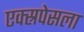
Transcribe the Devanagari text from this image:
एक्स्रपेसला